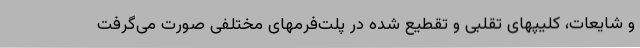
و شایعات، کلیپهای تقلبی و تقطیع شده در پلت‌فرمهای مختلفی صورت می‌گرفت